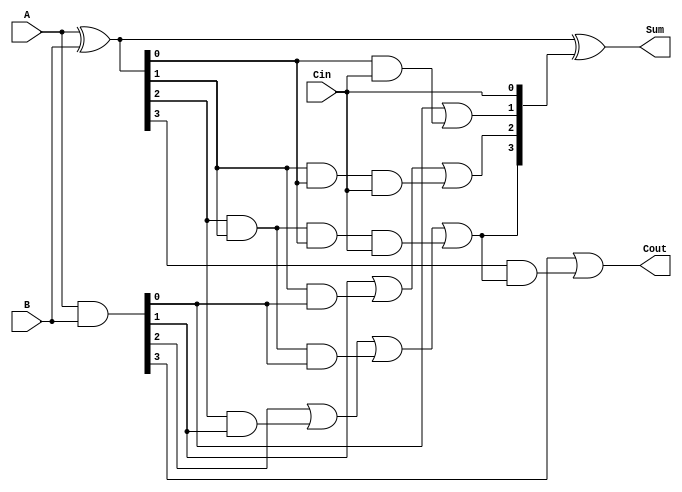
module CLA_4bit (
    input [3:0] A,
    input [3:0] B,
    input Cin,
    output [3:0] Sum,
    output Cout
);
    wire [3:0] G; // Generate signals
    wire [3:0] P; // Propagate signals
    wire C1, C2, C3; // Carry signals

    // Generate and Propagate calculations
    assign G = A & B; // G_i = A_i * B_i
    assign P = A ^ B; // P_i = A_i + B_i (XOR for propagate)

    // Carry Lookahead Logic
    assign C1 = G[0] | (P[0] & Cin);
    assign C2 = G[1] | (P[1] & G[0]) | (P[1] & P[0] & Cin);
    assign C3 = G[2] | (P[2] & G[1]) | (P[2] & P[1] & G[0]) | (P[2] & P[1] & P[0] & Cin);
    assign Cout = G[3] | (P[3] & C3);

    // Sum calculation
    assign Sum = P ^ {C3, C2, C1, Cin}; // S_i = A_i XOR B_i XOR C_i

endmodule